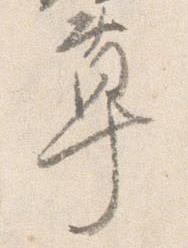
草